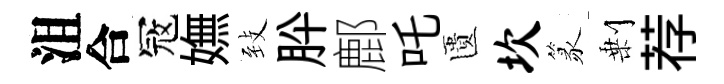
沮合冦嫵𦤺肸鄜吒匱坎篆剰荐